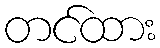
တင်ထား